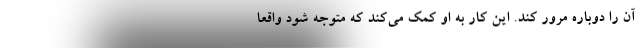
آن را دوباره مرور کند. این کار به او کمک می‌کند که متوجه شود واقعاً